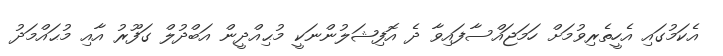
އެކަމުގައި އެހީތެރިވުމަށް ހަމަޖައްސާފައިވާ ދެ އޮފިޝަލުންނަކީ މުޙިއްދީން އަބްދުލް ގަފޫރު އާއި މުޙައްމަދު